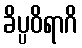
ခိပ္ပဝိရာဂိ